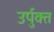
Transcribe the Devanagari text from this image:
उर्पुक्त